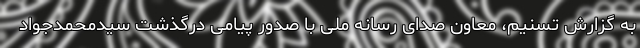
به گزارش تسنیم، معاون صدای رسانه‌ ملی با صدور پیامی درگذشت سیدمحمدجواد